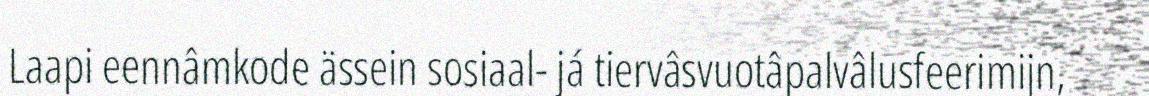
Laapi eennâmkode ässein sosiaal- já tiervâsvuotâpalvâlusfeerimijn,